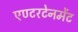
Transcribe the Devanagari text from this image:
एण्टरटेनमेंट